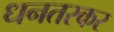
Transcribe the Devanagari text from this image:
धनतस्कर